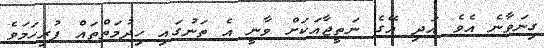
ގިނަވާނެ އެވެ އަދި އޭގެ ނަތީޖާއަކަށް ވާނީ އެ ތަނުގައި ހިދުމަތްތައް ފުރިހަމަވެ